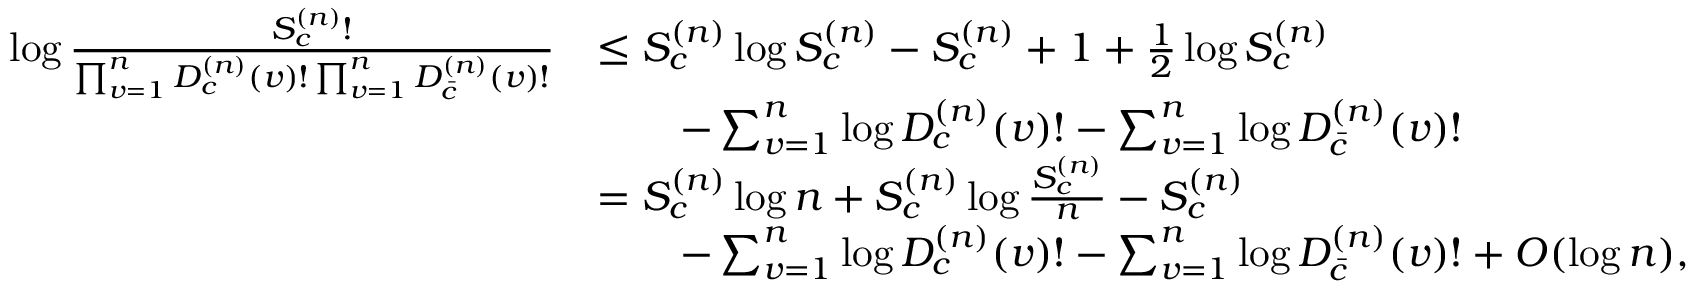
\begin{array} { r l } { \log \frac { S _ { c } ^ { ( n ) } ! } { \prod _ { v = 1 } ^ { n } D _ { c } ^ { ( n ) } ( v ) ! \prod _ { v = 1 } ^ { n } D _ { \bar { c } } ^ { ( n ) } ( v ) ! } } & { \leq S _ { c } ^ { ( n ) } \log S _ { c } ^ { ( n ) } - S _ { c } ^ { ( n ) } + 1 + \frac { 1 } { 2 } \log S _ { c } ^ { ( n ) } } \\ & { \qquad - \sum _ { v = 1 } ^ { n } \log D _ { c } ^ { ( n ) } ( v ) ! - \sum _ { v = 1 } ^ { n } \log D _ { \bar { c } } ^ { ( n ) } ( v ) ! } \\ & { = S _ { c } ^ { ( n ) } \log n + S _ { c } ^ { ( n ) } \log \frac { S _ { c } ^ { ( n ) } } { n } - S _ { c } ^ { ( n ) } } \\ & { \qquad - \sum _ { v = 1 } ^ { n } \log D _ { c } ^ { ( n ) } ( v ) ! - \sum _ { v = 1 } ^ { n } \log D _ { \bar { c } } ^ { ( n ) } ( v ) ! + O ( \log n ) , } \end{array}